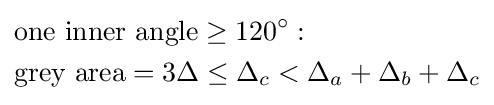
{\begin{aligned}&{\text{one inner angle}}\geq 120^{\circ }:\\&{\text{grey area}}=3\Delta \leq \Delta _{c}<\Delta _{a}+\Delta _{b}+\Delta _{c}\end{aligned}}